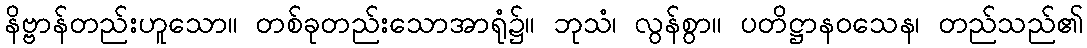
နိဗ္ဗာန်တည်းဟူသော။ တစ်ခုတည်းသောအာရုံ၌။ ဘုသံ၊ လွန်စွာ။ ပတိဋ္ဌာနဝသေန၊ တည်သည်၏